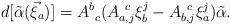
LaTeX: \begin{align*}d[{\tilde\alpha}(\vec\xi_a)]=A^b_{~c}(A^{~c}_{a,j}\xi^j_b-A^{~c}_{b,j}\xi^j_a) {\tilde\alpha}.\end{align*}